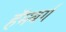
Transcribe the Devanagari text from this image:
हॅमबर्ग